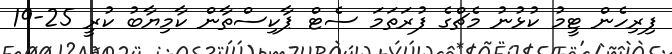
ފިރިހެން ޓީމު ކުޅުނު މެޗްގެ ފުރަތަމަ ސެޓް ޕާކިސްތާން ކާމިޔާބު ކުރީ 25-19